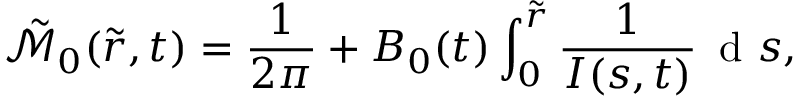
\tilde { \mathcal { M } } _ { 0 } ( \tilde { r } , t ) = \frac { 1 } { 2 \pi } + B _ { 0 } ( t ) \int _ { 0 } ^ { \tilde { r } } \frac { 1 } { I ( s , t ) } \, \mathrm { ~ d ~ } s ,